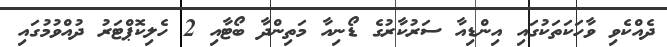
ދެއްކެވި ވާހަކަތަކުގައި އިންޑިއާ ސަރުކާރުގެ ޑޯނިއާ މަތިންދާ ބޯޓާއި 2 ހެލިކޮޕްޓަރު ދުއްވުމުގައި